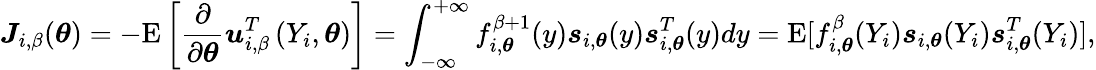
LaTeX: \boldsymbol{J}_{i,\beta}(\boldsymbol{\theta})=-\mathrm{E}\left[\frac{\partial}{\partial\boldsymbol{\theta}}\boldsymbol{u}_{i,\beta}^{T}\left(Y_{i},\boldsymbol{\theta}\right)\right]=\int_{\mathcal{-\infty}}^{+\infty}f_{i,\boldsymbol{\theta}}^{\beta+1}(y)\boldsymbol{s}_{i,\boldsymbol{\theta}}(y)\boldsymbol{s}_{i,\boldsymbol{\theta}}^{T}(y)dy=\mathrm{E}[f_{i,\boldsymbol{\theta}}^{\beta}(Y_{i})\boldsymbol{s}_{i,\boldsymbol{\theta}}(Y_{i})\boldsymbol{s}_{i,\boldsymbol{\theta}}^{T}(Y_{i})],